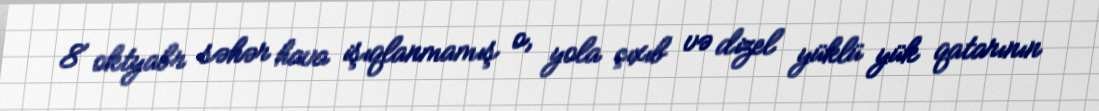
8 oktyabr səhər hava işıqlanmamış o, yola çıxıb və dizel yüklü yük qatarının